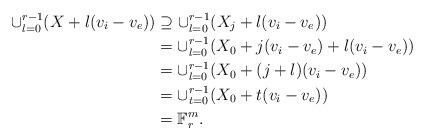
LaTeX: \begin{align*}\cup_{l=0}^{r-1}(X+l(v_i-v_e))& \supseteq \cup_{l=0}^{r-1}(X_j+l(v_i-v_e)) \\&= \cup_{l=0}^{r-1}(X_0+j(v_i-v_e)+l(v_i-v_e)) \\&= \cup_{l=0}^{r-1}(X_0+(j+l)(v_i-v_e)) \\& = \cup_{t=0}^{r-1}(X_0+t(v_i-v_e)) \\&=\mathbb{F}_r^m. \end{align*}